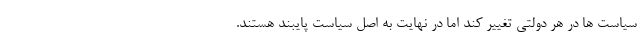
سیاست ها در هر دولتی تغییر کند اما در نهایت به اصل سیاست پایبند هستند.